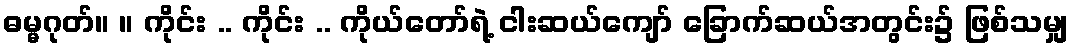
ဓမ္မဂုတ်။ ။ ကိုင်း .. ကိုင်း .. ကိုယ်တော်ရဲ့ ငါးဆယ်ကျော် ခြောက်ဆယ်အတွင်း၌ ဖြစ်သမျှ